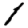
Digit: 1